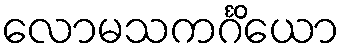
လောမသကင်္ဂိယော